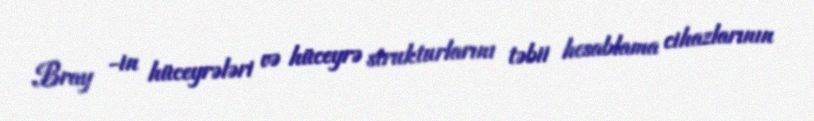
Bray -in hüceyrələri və hüceyrə strukturlarını təbii hesablama cihazlarının